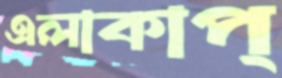
এলাকাপ্